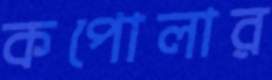
কপোলার